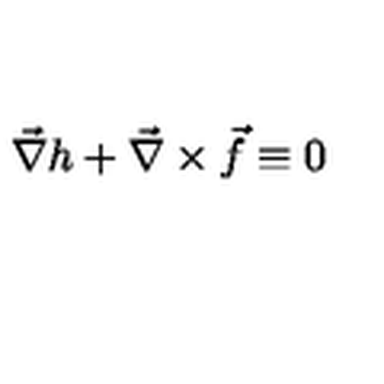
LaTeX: \vec { \nabla } h + \vec { \nabla } \times \vec { f } \equiv 0